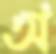
অ